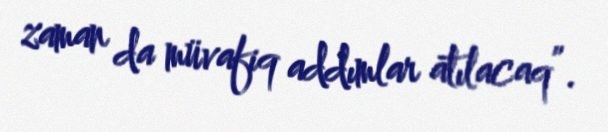
zaman da müvafiq addımlar atılacaq”.